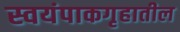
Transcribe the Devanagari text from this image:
स्वयंपाकगृहातील